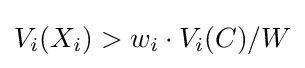
V_{i}(X_{i})>w_{i}\cdot V_{i}(C)/W